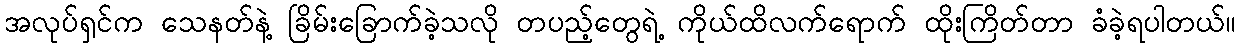
အလုပ်ရှင်က သေနတ်နဲ့ ခြိမ်းခြောက်ခဲ့သလို တပည့်တွေရဲ့ ကိုယ်ထိလက်ရောက် ထိုးကြိတ်တာ ခံခဲ့ရပါတယ်။